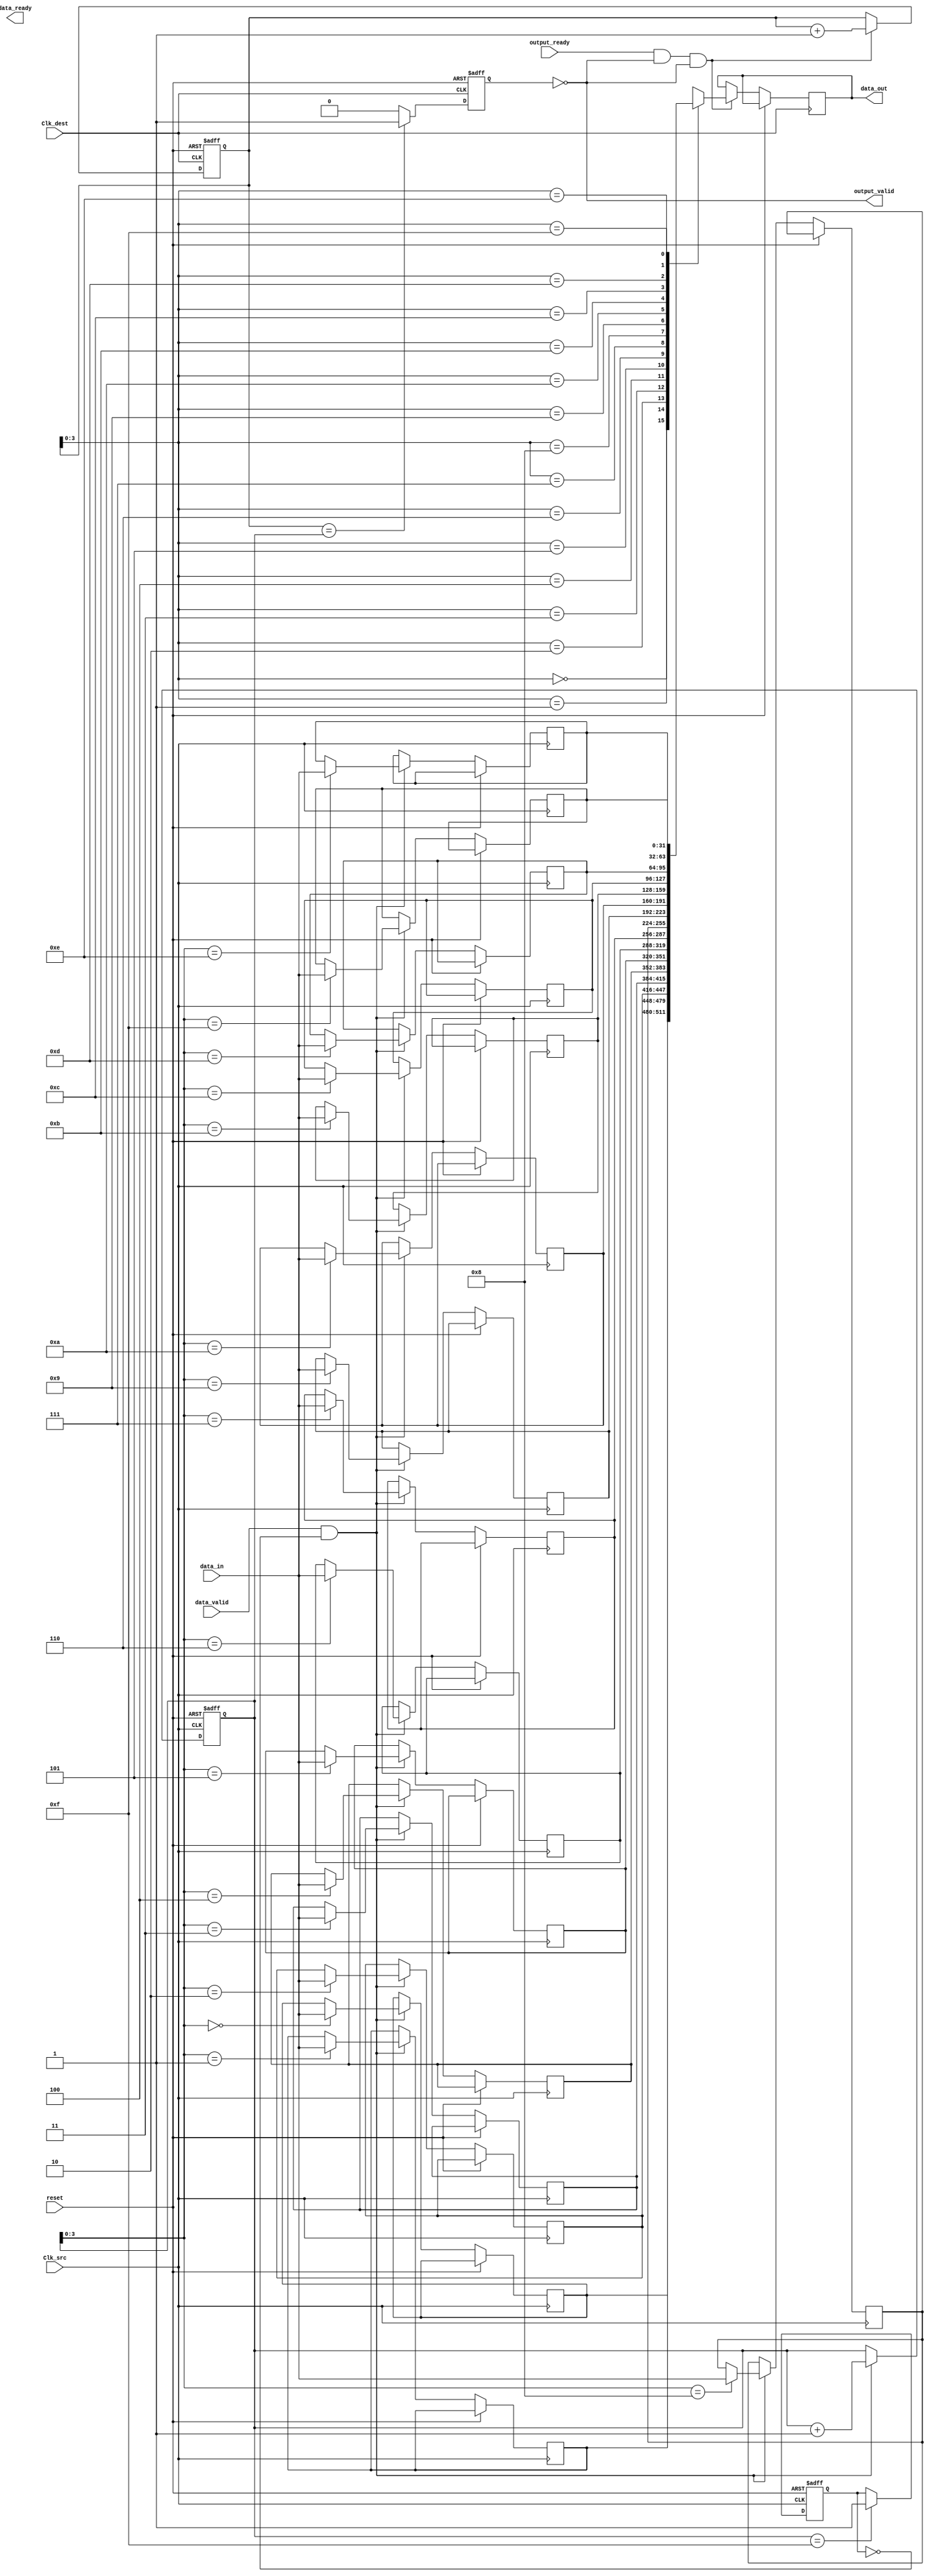
module burst_mode_synchronizer #(
    parameter DATA_WIDTH = 32,
    parameter FIFO_DEPTH = 16
)(
    input wire Clk_src,          // Source clock
    input wire Clk_dest,         // Destination clock
    input wire [DATA_WIDTH-1:0] data_in, // Data input from source clock domain
    input wire data_valid,       // Data valid signal from source clock domain
    output wire data_ready,      // Data ready signal for source clock domain
    output wire [DATA_WIDTH-1:0] data_out, // Synchronized data output
    output wire output_valid,     // Output data valid signal for destination clock domain
    input wire output_ready,      // Output data ready signal from destination clock domain
    input wire reset              // Reset signal
);

// FIFO Buffer
reg [DATA_WIDTH-1:0] fifo_memory [0:FIFO_DEPTH-1];
reg [4:0] write_ptr, read_ptr;
reg fifo_empty, fifo_full;

// Control Signals
reg fifo_write_enable;
reg fifo_read_enable;

// Synchronization Logic
reg sync_data_valid;
reg sync_data_ready;

reg data_valid_sync_1, data_valid_sync_2;
reg data_ready_sync_1, data_ready_sync_2;

// Write Logic (Clk_src domain)
always @(posedge Clk_src or posedge reset) begin
    if (reset) begin
        write_ptr <= 0;
        fifo_full <= 0;
    end else begin
        if (data_valid && !fifo_full) begin
            fifo_memory[write_ptr] <= data_in;
            write_ptr <= write_ptr + 1;
        end
        // Update FIFO full condition
        if (write_ptr == FIFO_DEPTH-1) begin
            fifo_full <= 1;
        end
    end
end

// Read Logic (Clk_dest domain)
always @(posedge Clk_dest or posedge reset) begin
    if (reset) begin
        read_ptr <= 0;
        fifo_empty <= 1;
    end else begin
        if (fifo_read_enable && !fifo_empty) begin
            data_out <= fifo_memory[read_ptr];
            read_ptr <= read_ptr + 1;
        end
        // Update FIFO empty condition
        if (read_ptr == write_ptr) begin
            fifo_empty <= 1;
        end else begin
            fifo_empty <= 0;
        end
    end
end

// Synchronize data_valid signal
always @(posedge Clk_dest or posedge reset) begin
    if (reset) begin
        data_valid_sync_1 <= 0;
        data_valid_sync_2 <= 0;
    end else begin
        data_valid_sync_1 <= data_valid;
        data_valid_sync_2 <= data_valid_sync_1;
    end
end

// Synchronize data_ready signal
always @(posedge Clk_dest or posedge reset) begin
    if (reset) begin
        data_ready_sync_1 <= 0;
        data_ready_sync_2 <= 0;
    end else begin
        data_ready_sync_1 <= data_ready;
        data_ready_sync_2 <= data_ready_sync_1;
    end
end

// Control signals for FIFO
assign fifo_write_enable = data_valid_sync_2 && !fifo_full;
assign fifo_read_enable = output_ready && !fifo_empty;

// Output control signals
assign output_valid = !fifo_empty;

endmodule